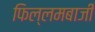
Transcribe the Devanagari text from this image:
फिल्लमबाजी